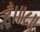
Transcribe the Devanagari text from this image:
हूँ।॥८॥